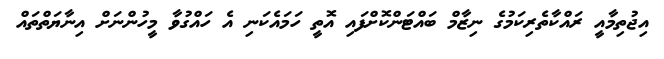
އިޖުތިމާއީ ރައްކާތެރިކަމުގެ ނިޒާމް ބައްޓަންކޮށްފައި އޮތީ ހަމައެކަނި އެ ހައްގުވާ މީހުންނަށް އިނާޔަތްތައް